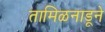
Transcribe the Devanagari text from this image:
तामिळनाडूने